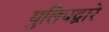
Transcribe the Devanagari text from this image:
युलिपद्वारे